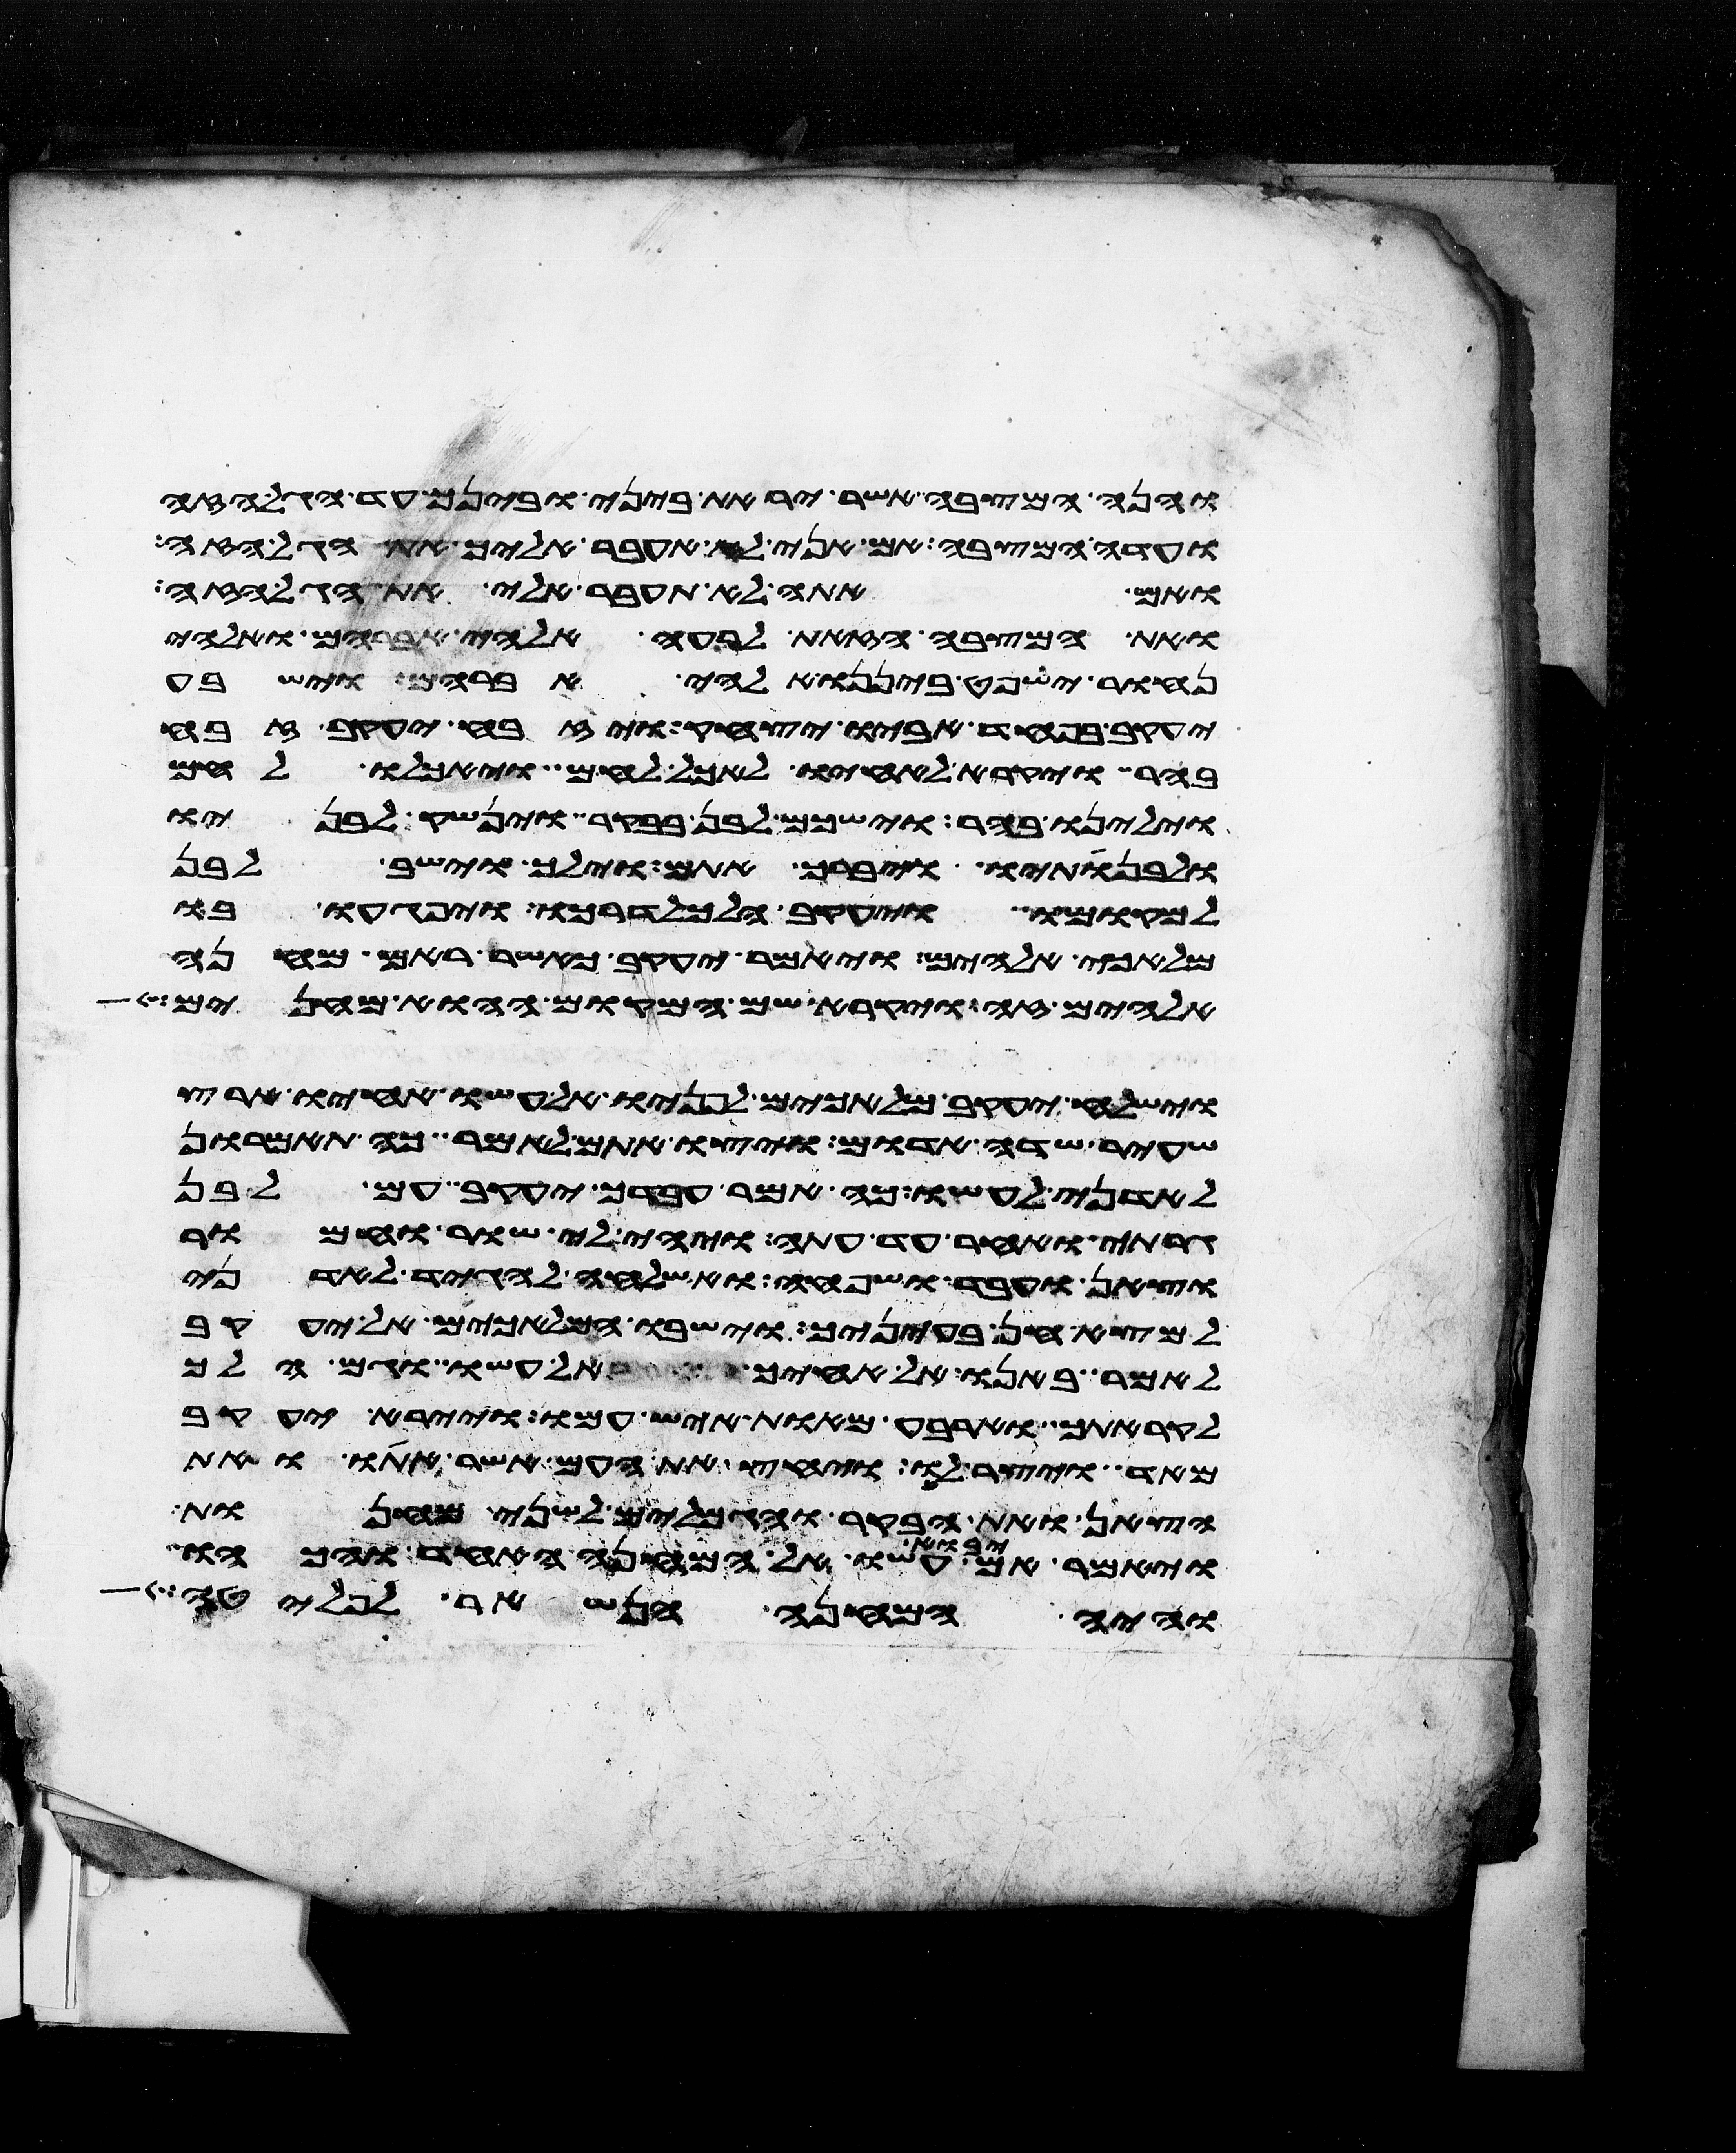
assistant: והנה המצבה אשר יראת ביני ובינך עד הגל הזה
ועדה המצבה אם אני לא אעבר אליך את הגל הזה
ואם אתה לא תעבר אלי את הגל הזה
ואת המצבה הזאת לרעה אלהי אברהם ואלהי
נחור ישפט ביננו אלהי אברהם וישבע
יעקב בפחד אביו יצחק ויזבח יעקב זבח
בהר ויקרא לאחיו לאכל לחם ויאכלו לחם
וילינו בהר וישכם לבן בבקר וינשק לבניו
ולבנתיו ויברך אתם וילך וישב לבן
למקומו ויעקב הלך לדרכו ויפגעו בו
מלאכי אלהים ויאמר יעקב כאשר ראם מחנה
אלהים זה ויקרא שם המקום ההוא מחנים
וישלח יעקב מלאכים לפניו אל עשו אחיו ארץ
שעיר שדה אדום ויצו אתם לאמר כה תאמרון
לאדני לעשו כה אמר עבדך יעקב עם לבן
גרתי ואחר עד עתה ויהי לי שור וחמור
וצאן ועבד ושפחה ואשלחה להגיד לאדני
למצא חן בעיניך וישבו המלאכים אל יעקב
לאמר באנו אל אחיך אל עשו וגם הלך
לקראתך וארבע מאות איש עמו ויירא יעקב
מאד ויצר לו ויחץ את העם אשר אתו ואת
הצאן ואת הבקר והגמלים לשני מחנות
ויאמר אם יבוא עשו אל המחנה האחד והכהו
והיה המחנה הנשאר לפלטה